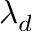
\lambda _ { d }